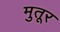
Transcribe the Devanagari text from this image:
मुतूर